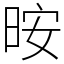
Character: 㫨